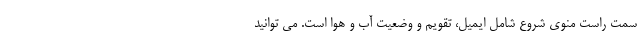
سمت راست منوی شروع شامل ایمیل، تقویم و وضعیت آب و هوا است. می توانید